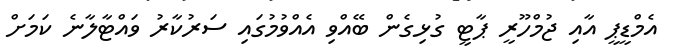
އެމްޑީޕީ އާއި ޖުމްހޫރީ ޕާޓީ ގުޅިގެން ބޭއްވި އެއްވުމުގައި ސަރުކާރު ވައްޓާލާނެ ކަމަށް